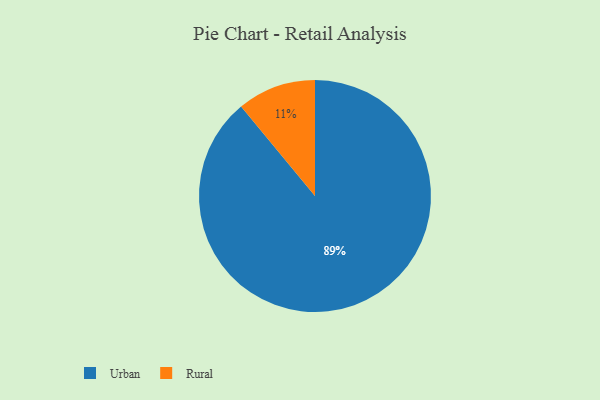
{"axis": {"x": "Category", "y": "Percentage"}, "legend": ["Rural", "Urban"], "data": [{"x": "Rural", "y": 11, "type": "Rural"}, {"x": "Urban", "y": 89, "type": "Urban"}]}